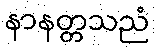
နာနတ္တသညံ